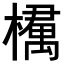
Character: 𣜔